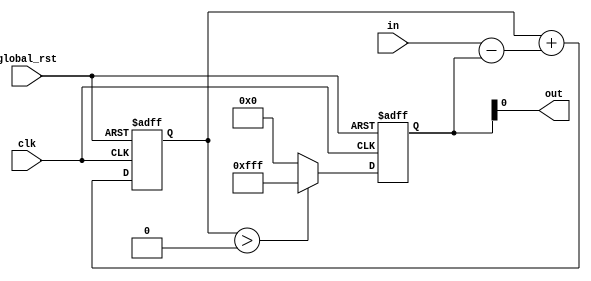
// First-order Sigma-Delta Modulator

module SD_mod_1st  #(
    parameter NUM_MODULATED_BITS = 12,
    parameter INTEG_PAD = 3  //For sure needs to be 1, 2 probably needed, 3 feels very safe
    )(
    input wire                            clk               ,
    input wire                            global_rst        ,
    output wire                           out               ,
    input wire [NUM_MODULATED_BITS -1:0]  in
    );

    wire signed [NUM_MODULATED_BITS:0] diff_signed;
    reg [NUM_MODULATED_BITS -1:0] out_gained;

    reg signed [NUM_MODULATED_BITS+INTEG_PAD:0] integ_sig;

    wire int_overflow;
    assign int_overflow = integ_sig[NUM_MODULATED_BITS+INTEG_PAD] ^ integ_sig[NUM_MODULATED_BITS+INTEG_PAD -1];


    always @(posedge clk or posedge global_rst) begin
        if (global_rst==1) begin
            integ_sig <= 0;
            out_gained <=0;
        end else begin
            integ_sig <= integ_sig + diff_signed;

            if (integ_sig > 0) begin
                out_gained <= (1 << NUM_MODULATED_BITS) -1;
            end else begin
                out_gained <= 0;
            end
        end
    end

    assign diff_signed = $signed({1'b0, in}) - $signed({1'b0,out_gained});
    assign out = out_gained[0];

endmodule